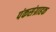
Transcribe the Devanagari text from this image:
पंकसंग्राहक